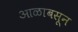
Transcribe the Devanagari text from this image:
आळाबसून